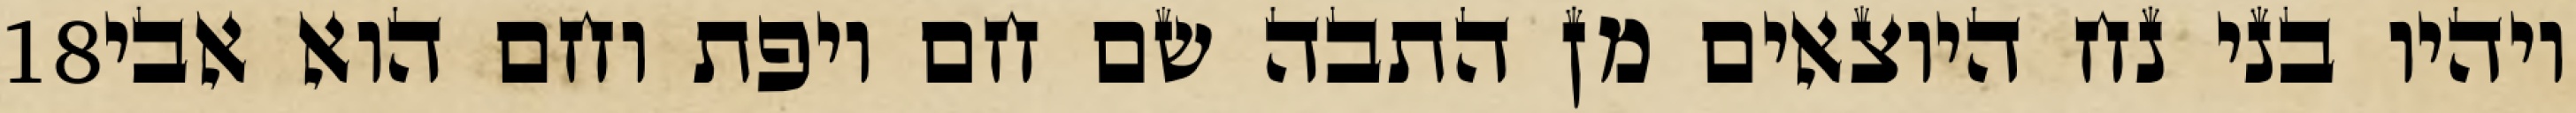
‎18‏ ויהיו בני נח היוצאים מן התבה שם חם ויפת וחם הוא אבי